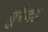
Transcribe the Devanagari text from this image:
बुरैदह